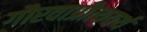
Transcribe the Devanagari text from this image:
गौरवाप्रीत्ययर्थ